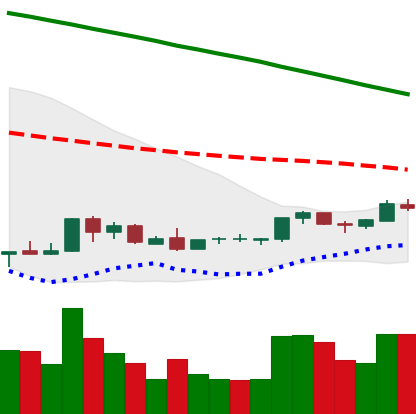
Ticker: NEO-USD
Chart end date: 2018-09-02
Forward return: -10.425%
Label: down_7plus